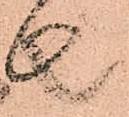
者